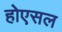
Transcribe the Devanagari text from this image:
होएसल